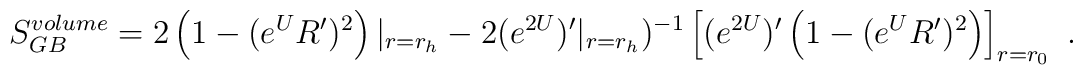
S_{GB}^{volume} =  2\left(1 - (e^{U} R')^2\right)|_{r=r_h} -  2  (e^{2U})'|_{r=r_h})^{-1} \left[(e^{2U})'\left(1 - (e^{U} R')^2\right)\right]_{r = r_0}  \ .